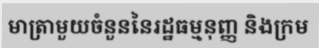
មាត្រាមួយចំនួននៃរដ្ឋធម្មនុញ្ញ និងក្រម